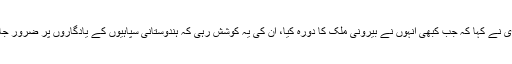
مودی نے کہا کہ جب کبھی انہوں نے بیرونی ملک کا دورہ کیا، ان کی یہ کوشش رہی کہ ہندوستانی سپاہیوں کے یادگاروں پر ضرور جائیں۔